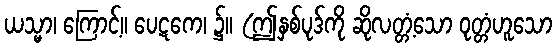
ယသ္မာ၊ ကြောင့်။ ပေဋကေ၊ ၌။ (ဤနှစ်ပုဒ်ကို ဆိုလတ္တံ့သော ဝုတ္တံဟူသော